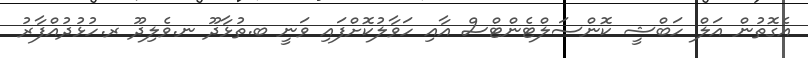
އެގޮތުން އަލް ހަބްޝީ ކޮންސަލްޓެންޓްސް އާއި ހަވާލުކޮށްފައި ވަނީ ބ.ތުޅާދޫ ނ.ވެލިދޫ ރ.ހުޅުދުއްފާރު